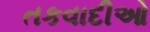
તકવાદીઓ